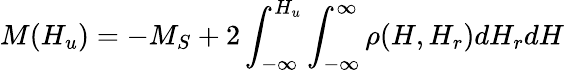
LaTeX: M(H_{u})=-M_{S}+2\int_{-\infty}^{H_{u}}\int_{-\infty}^{\infty}\rho(H,H_{r})dH_{r}dH